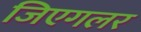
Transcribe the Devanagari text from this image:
जिएगलर